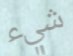
شيء